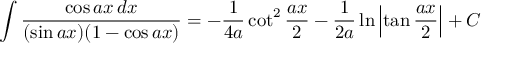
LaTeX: \int { \frac { \cos a x \, d x } { ( \sin a x ) ( 1 - \cos a x ) } } = - { \frac { 1 } { 4 a } } \cot ^ { 2 } { \frac { a x } { 2 } } - { \frac { 1 } { 2 a } } \ln \left| \tan { \frac { a x } { 2 } } \right| + C